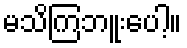
မသိကြဘူးပေါ့။